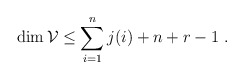
\begin{align*}\dim {\mathcal V}\le\sum_{i=1}^nj(i)+n+r-1\ .\end{align*}